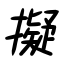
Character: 擬